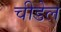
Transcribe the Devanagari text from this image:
चीडेल